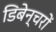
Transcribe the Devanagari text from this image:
डिबेन्‍चरों